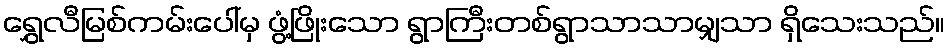
ရွှေလီမြစ်ကမ်းပေါ်မှ ဖွံ့ဖြိုးသော ရွာကြီးတစ်ရွာသာသာမျှသာ ရှိသေးသည်။